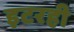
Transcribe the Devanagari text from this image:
इटरही